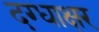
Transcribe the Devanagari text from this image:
दग्धाक्षर